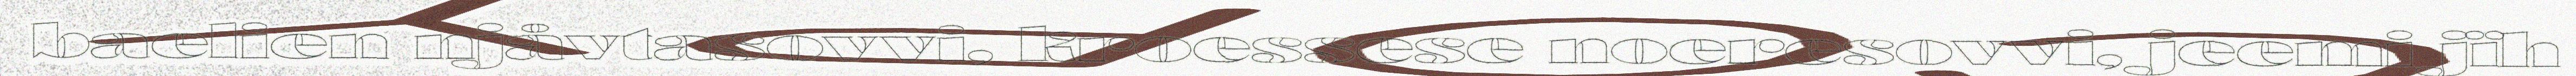
baelien njåvtasovvi, kroessese noeresovvi, jeemi jïh